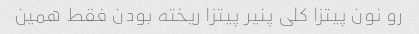
رو نون پیتزا کلی پنیر پیتزا ریخته بودن فقط همین